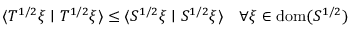
\langle T ^ { 1 / 2 } \xi \mid T ^ { 1 / 2 } \xi \rangle \leq \langle S ^ { 1 / 2 } \xi \mid S ^ { 1 / 2 } \xi \rangle \quad \forall \xi \in \operatorname { d o m } ( S ^ { 1 / 2 } )